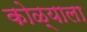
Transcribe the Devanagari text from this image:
कोळ्याला